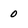
Character: 0